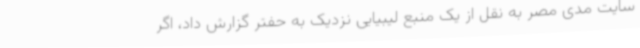
سایت مدی مصر به نقل از یک منبع لیبیایی نزدیک به حفتر گزارش داد، اگر